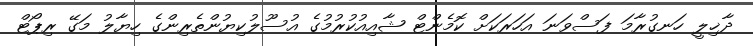
ދާޚިލީ ހަނގުރާމަ ފަސްވަނަ އަހަރަކަށް ކޮމެންޓް ޝާއިއުކުރުމުގެ އުސޫލުކިޔުންތެރިންގެ ހިޔާލު މަގޭ ރިޕޯޓް